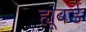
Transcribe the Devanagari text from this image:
ह्यूबर्ड